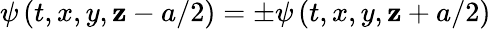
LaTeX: \psi\left(t,x,y,\mathbf{z}-a/2\right)=\pm\psi\left(t,x,y,\mathbf{z}+a/2\right)